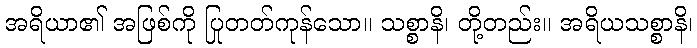
အရိယာ၏ အဖြစ်ကို ပြုတတ်ကုန်သော။ သစ္စာနိ၊ တို့တည်း။ အရိယသစ္စာနိ၊